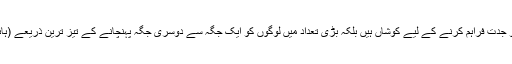
ایلون مُسک نہ صرف عام مسافر گاڑیوں کو جدت فراہم کرنے کے لیے کوشاں ہیں بلکہ بڑی تعداد میں لوگوں کو ایک جگہ سے دوسری جگہ پہنچانے کے تیز ترین ذریعے (ہائپر لوپ) کی تیاری میں بھی مصروف ہیں۔